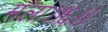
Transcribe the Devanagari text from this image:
मला।।६।।